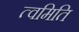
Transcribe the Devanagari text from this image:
त्वमिति